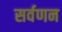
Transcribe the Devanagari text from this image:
सर्वणन